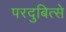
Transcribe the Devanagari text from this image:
परदुबित्से